Report of an investigation into the causes of malaria in Bombay and the measures necessary for its control
Disease focus: Malaria
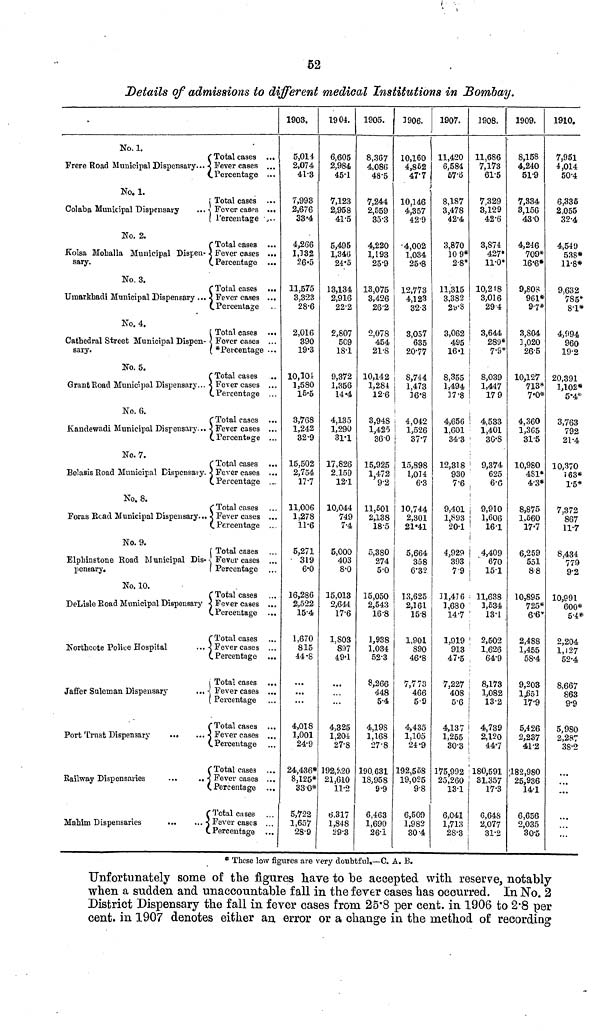
52
Details of admissions to different medical Institutions in Bombay.
No. 1.
C Total cases ...
Frere Road Municipal Dispensary... < Fever cases ...
v. Percentage ...
No. 1.
í Total cases ...
Colaba Municipal Dispensary
... \ Fever casps ...
( l'ercentage ,..
No. 2.
r Total cases ...
Kolsa Mohalla Municipal Dispen- j Fever cases ...
sary.
(.Percentage ...
No. 3.
CTotal cases ...
TJmarkhadi Municipal Dispensary ... < Fever cases ...
(. Percentage
No. 4.
Í Total cases ...
Cathedral Street Municipal Dispen-1 Fever cases ...
sary.
( *Percentage ...
No. 5.
C Total cases
..
Grant Road Municipal Dispensary... < Fever cases ...
C Percentage ...
No. 6.
C Total cases
Kandewadi Municipal Dispensary... < Fever cases ...
(. Percentage ...
No. 7.
C Total cases
Belasis Eoad Municipal Dispensai y. < Fever cases ...
(.Percentage ...
No. 8.
f Total cases
Foras Bead Municipal Dispensary... < Fever cases ...
(.Percentage ...
No. 9.
| Total cases
Elphinstone Eoad Municipal Dis- -, Fevur cases ...
pensary.
I Percentage
No. 10.
C Total cases
DeLisle Eoad Municipal Dispensary < Fever cases ...
(. Percentage
f Total cases
Northcote Police Hospital
... < Fever cases ...
C Percentage ...
i Total cases
Jaffer Suleroan Dispensary
... < Fever cases ...
( Percentage
("Total cases
Port Trust Dispensary
...
... < Fever cases ...
C Percentage
CTotal case3 ...
Railway Dispensaries
•..
.. j Fever cases ...
C Percentage ...
Ç Total cases
Mahim Dispensaries
...
... s Fever cases ...
C Percentage ...
1903.
5,014
2,074
41-3
7,993
2,676
33'4
4,266
1,332
26-5
11,575
3,323
28-6
2,016
390
19-3
10,101
1,580
15-5
3,768
1,242
32-9
15,502
2,754
17-7
11,006
1,278
11-6
5,271
319
6-0
16,286
2,522
15-4
1,670
815
44-8
...
...
...
4,018
1,001
24-9
24,436*
8,125*
330*
5,722
1,657
28'9
1904.
6,605
2,984
45-1
7,123
2,958
41-5
5,495
1,34(5
24-5
13,134
2,916
22-2
2,807
5C9
1S-1
9,372
1,356
14-4
4,135
1,290
31-1
17,826
2.159
12-1
10,044
749
7-4
5,000
403
8-0
15,013
2,644
17-6
l,S03
897
49-1
4,325
1,204
27-8
192,^20
21,610
11-2
6,317
1,848
29"3
1905.
8,367
4,086
48*5
7,244
2,559
35-3
4,220
1,193
25-9
13,075
3,426
26-2
2,078
454
21-8
10,142
1,284
12-6
3,94S
1,425
36-0
15,925
1,472
5 9-2
11,501
2,138
18-5
5,380
274
5-0
15,050
2,543
16-8
1,938
1,034
52-3
8,266
448
5-4
4,108
1,168
27'8
190 631
18,958
S-9
6,463
1,690
26-x
3906.
10,160
4,852
47-7
j
10,146
4,357
42-9
-4,002
1,034
25-8
12,773
4,123
32-3
3,057
635
20-77
8,744
1,473
36*8
4,042
1,526
37-7
15,898
i 1,034
6-3
10,744
2,301
21*41
5,664
358
6'32
13,625
2,161
15-8
1,901
S90
46'8
7,773
466
5-9
4,435
1,105
24*9
192,558
19,025
9-8
6,509
1,982
30-4
1907.
11,420
6,584
57-3
8,187
3,478
42-4
3,870
10 9*
2-8*
11,315
3,382
2»-3
3,062
495
16 «1
8,355
1,494
37-8
4,656
1,001
34-3
12,318
930
7-6
9,401
1,S93
20-1
4,929
393
79
31,476
1,680
14-7
1,919
913
47-5
7,227
408
5-6
4,137
1,255
30-3
175,992
25,260
13-1
6,041
1,713
2S-3
1908.
11,686
7,173
61-5
7,329
3,129
42-6
3,874
427»
11-0*
10,218
3,016
294
3,644
289*
7-8*
8,039
1,447
17 9
4,533
1,401
;
3C-S
1
9,374
625
6-C
¡
j 9,910
1,606
; 16-1
i 4,409
1 ' 670
j 15-1
• 11,638
3,534
13-1
1
2,502
1,626
64-9
; 8,173
1 1,082
13-2
4,739
2,120
44-7
1 180,591
! 31,357
17-3
6,648
2,077
31-2
1909.
8,158
4,240
51-9
7,334
3,156
43-0
4,246
709*
16'6*
9,808
961*
9-7#
3,S04
3,020
265
10,127
713*
7«0*
4,360
1,365
31-5
10,980
481*
4-3*
8,875
1.560
17-7
6,259
551
88
10,895
725*
6'6'
2,488
1,455
58'4
9,203
1J353
17-9
5,426
2,237
41-2
182,980
25,936
14-1
6,656
2,035
30-5
1910.
7,951
4,014
50-4
6,335
2,055
32-4
4,549
538*
11-8*
9,632
785*
8-1*
4,i)94
960
19-2
20,391
1,102*
S'3
,763
792
21-4
10,370
• 63*
1-5*
7,372
867
11-7
8,434
779
92
10,991
600*
5-4*
2,204
1,127
52-4
8,667
863
9-9
5,980
2,287
38-2
...
...
* These low figures are very doubtful,—C. A. B.
Unfortunately some of the figures have to be accepted with reserve, notably
when a sudden and unaccountable fall in the fever cases has occurred. In No. 2
District Dispensary the fall in fever cases from 25*8 per cent, in 1906 to 2'8 per
cent, in 1907 denotes either an error or a change in the method of recording